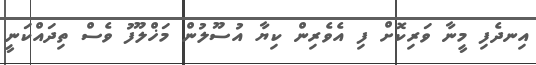
އިނދެފި މީނާ ވަރިކޮށް ފި އެވެރިން ކިޔާ އުސޫލުން މަޚްލޫފު ވެސް ތިދައްކަނީ